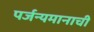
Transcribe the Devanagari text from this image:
पर्जन्यमानाची